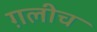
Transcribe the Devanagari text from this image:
ग़लीच